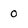
Character: 0